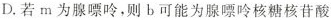
D.若m为腺嘌呤，则b可能为腺嘌呤核糖核苷酸